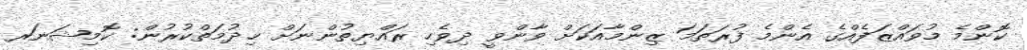
ކޮންމެ މުވައްޒަފެއްގެ އެންމެ ފުރަތަމަ ޒިންމާއަކަށް ވާންވީ ދިވެހި ރައްޔިތުންނަށް ޚިދުމަތްކުރުން: ކޮމިޝަނަރ